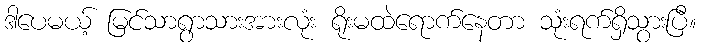
ဒါပေမယ့် မြင်သာရွာသားအားလုံး ရိုးမထဲရောက်နေတာ သုံးရက်ရှိသွားပြီ။